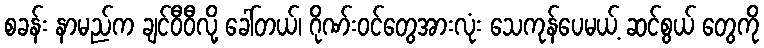
စခန်း နာမည်က ချင်ဝီဝီလို့ ခေါ်တယ်၊ ဂိုဏ်းဝင်တွေအားလုံး သေကုန်ပေမယ့် ဆင်စွယ် တွေကို